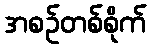
အစဉ်တစ်စိုက်